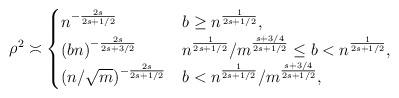
LaTeX: \begin{align*}\rho^2 \asymp \begin{cases} n^{-\frac{2s}{2s+1/2}} & b \geq n^{\frac{1}{2s+1/2}}, \\ \left({ b n}\right)^{-\frac{2s}{2s+3/2}} & n^{\frac{1}{2s+1/2}}/m^{\frac{s+3/4}{2s+1/2}} \leq b < n^{\frac{1}{2s+1/2}} , \\(n/\sqrt{m})^{-\frac{2s}{2s+1/2}} & b < n^{\frac{1}{2s+1/2}}/m^{\frac{s+3/4}{2s+1/2}}, \end{cases}\end{align*}